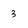
Character: 3